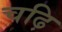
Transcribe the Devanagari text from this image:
चढ़ि